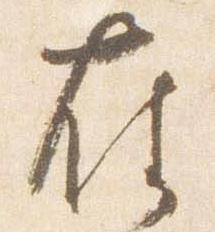
在